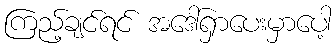
ကြည့်ချင်ရင် အဒေါ်ရှာပေးမှာပေါ့